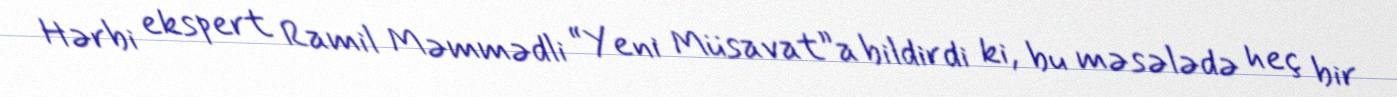
Hərbi ekspert Ramil Məmmədli “Yeni Müsavat”a bildirdi ki, bu məsələdə heç bir